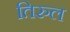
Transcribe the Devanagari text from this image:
तिरुल